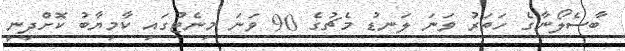
ބާސެލޯނާގެ ހަތަރު ވަނަ ލަނޑު މެޗުގެ 90 ވަނަ މިނެޓުގައި ކާމިޔާބު ކޮށްދިނީ